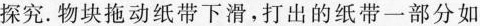
探究。物块拖动纸带下滑，打出的纸带一部分如